Indian journal of veterinary science and animal husbandry - Volumes 26-27, 1956-1957
Year: 1956
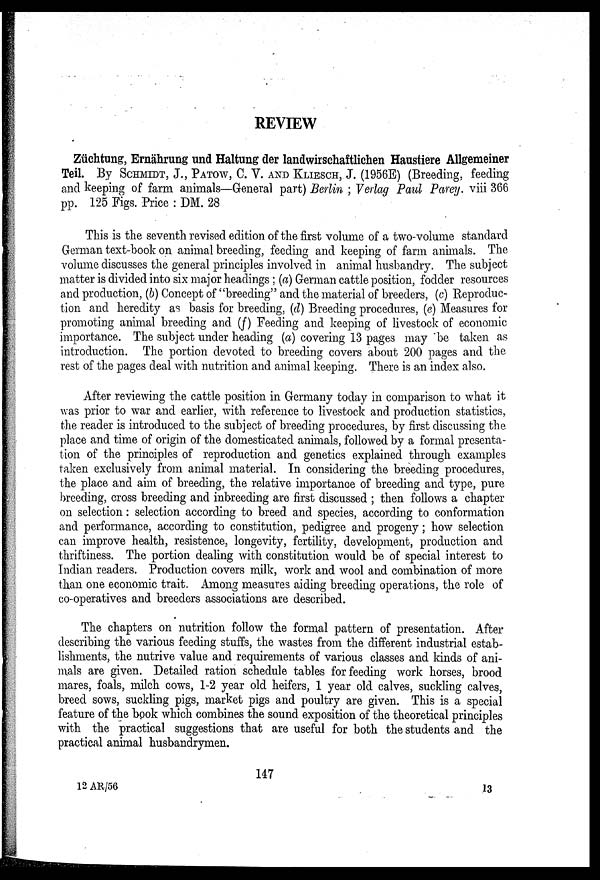
REVIEW
Züchtung, Ernährung und Haltung der landwirschaftlichen Haustiere Allgemeiner
Teil. By SCHMIDT, J., PATOW, C. V. AND KLIESCH, J. (1956E) (Breeding, feeding
and keeping of farm animals—General part) Berlin ; Verlag Paul Parey. viii 366
pp. 125 Figs. Price : DM. 28
This is the seventh revised edition of the first volume of a two-volume standard
German text-book on animal breeding, feeding and keeping of farm animals. The
volume discusses the general principles involved in animal husbandry. The subject
matter is divided into six major headings; (a) German cattle position, fodder resources
and production, (b) Concept of "breeding" and the material of breeders, (c) Reproduc-
tion and heredity as basis for breeding, (d) Breeding procedures, (e) Measures for
promoting animal breeding and (f) Feeding and keeping of livestock of economic
importance. The subject under heading (a) covering 13 pages may be taken as
introduction. The portion devoted to breeding covers about 200 pages and the
rest of the pages deal with nutrition and animal keeping. There is an index also.
After reviewing the cattle position in Germany today in comparison to what it
was prior to war and earlier, with reference to livestock and production statistics,
the reader is introduced to the subject of breeding procedures, by first discussing the
place and time of origin of the domesticated animals, followed by a formal presenta-
tion of the principles of reproduction and genetics explained through examples
taken exclusively from animal material. In considering the breeding procedures,
the place and aim of breeding, the relative importance of breeding and type, pure
breeding, cross breeding and inbreeding are first discussed; then follows a chapter
on selection: selection according to breed and species, according to conformation
and performance, according to constitution, pedigree and progeny; how selection
can improve health, resistence, longevity, fertility, development, production and
thriftiness. The portion dealing with constitution would be of special interest to
Indian readers. Production covers milk, work and wool and combination of more
than one economic trait. Among measures aiding breeding operations, the role of
co-operatives and breeders associations are described.
The chapters on nutrition follow the formal pattern of presentation. After
describing the various feeding stuffs, the wastes from the different industrial estab-
lishments, the nutrive value and requirements of various classes and kinds of ani-
mals are given. Detailed ration schedule tables for feeding work horses, brood
mares, foals, milch cows, 1-2 year old heifers, 1 year old calves, suckling calves,
breed sows, suckling pigs, market pigs and poultry are given. This is a special
feature of the book which combines the sound exposition of the theoretical principles
with the practical suggestions that are useful for both the students and the
practical animal husbandrymen.
147
12 AR/56
13